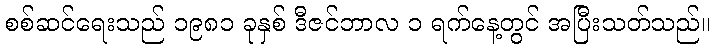
စစ်ဆင်ရေးသည် ၁၉၈၁ ခုနှစ် ဒီဇင်ဘာလ ၁ ရက်နေ့တွင် အပြီးသတ်သည်။